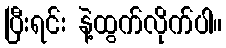
ပြီးရင်း နဲ့ထွက်လိုက်ပါ။